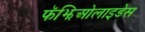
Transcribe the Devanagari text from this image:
फॅझिओलाइडेस